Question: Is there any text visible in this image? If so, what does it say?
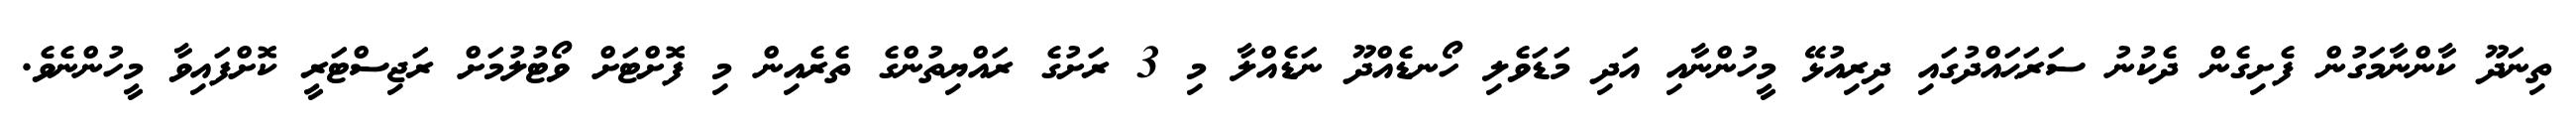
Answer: ތިނަދޫ ކާންނާމަގުން ފެށިގެން ދެކުނު ސަރަޙައްދުގައި ދިރިއުޅޭ މީހުންނާއި އަދި މަޑަވެލި ހޯނޑެއްދޫ ނަޑެއްލާ މި 3 ރަށުގެ ރައްޔިތުންގެ ތެރެއިން މި ފޮށްޓަށް ވޯޓުލުމަށް ރަޖިސްޓަރީ ކޮށްފައިވާ މީހުންނެވެ.